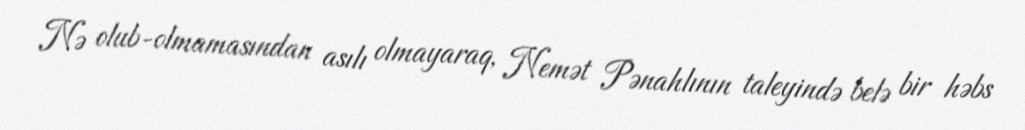
Nə olub-olmamasından asılı olmayaraq, Nemət Pənahlının taleyində belə bir həbs